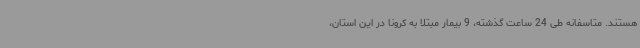
هستند. متاسفانه طی 24 ساعت گذشته، 9 بیمار مبتلا به کرونا در این استان،